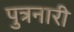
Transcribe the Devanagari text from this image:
पुत्रनारी